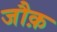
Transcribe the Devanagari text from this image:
जौक़